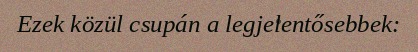
Ezek közül csupán a legjelentősebbek: